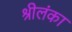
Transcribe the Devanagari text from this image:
श्रीलंंका